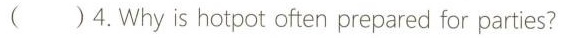
( )4.Why is hotpot often prepared for parties?